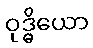
ဝုဒ္ဓိယော